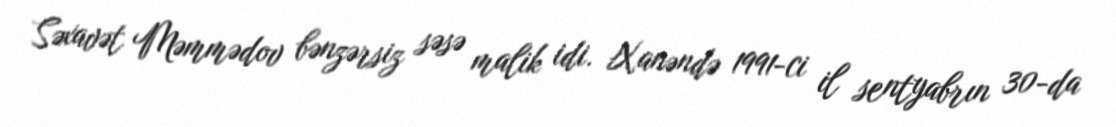
Səxavət Məmmədov bənzərsiz səsə malik idi. Xanəndə 1991-ci il sentyabrın 30-da